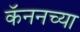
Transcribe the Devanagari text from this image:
कॅननच्या